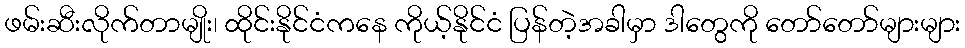
ဖမ်းဆီးလိုက်တာမျိုး၊ ထိုင်းနိုင်ငံကနေ ကိုယ့်နိုင်ငံ ပြန်တဲ့အခါမှာ ဒါတွေကို တော်တော်များများ